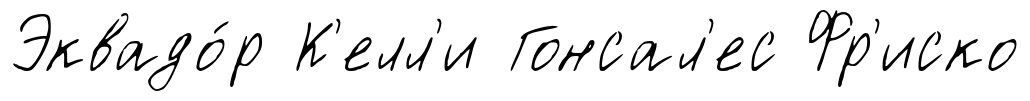
Эквадо́р К'елл'и Гонсал'ес Фр'иско